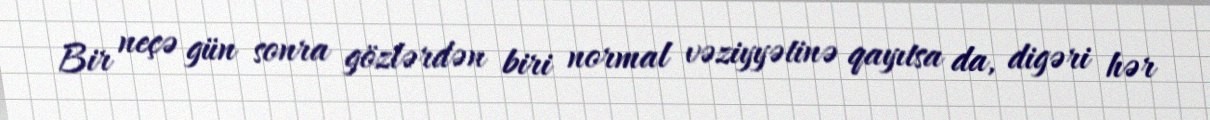
Bir neçə gün sonra gözlərdən biri normal vəziyyətinə qayıtsa da, digəri hər